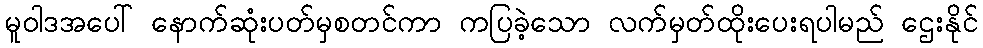
မူဝါဒအပေါ် နောက်ဆုံးပတ်မှစတင်ကာ ကပြခဲ့သော လက်မှတ်ထိုးပေးရပါမည် ဌေးနိုင်